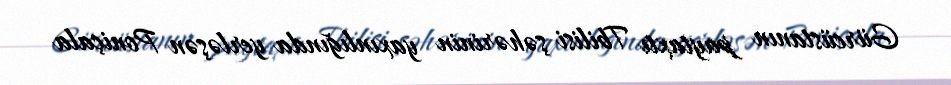
Gürcüstanın paytaxtı Tbilisi şəhərinin yaxınlığında yerləşən Poniçala